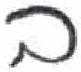
אות: ב